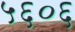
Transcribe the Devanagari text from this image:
५६०६